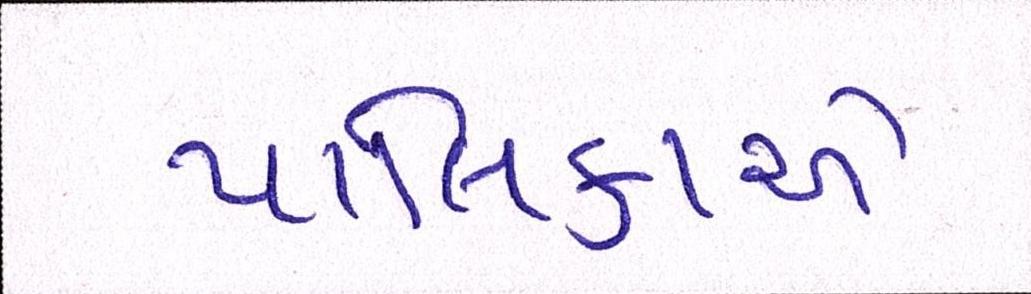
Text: પાલિકાએ